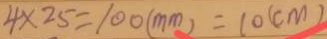
4 \times 2 5 = 1 0 0 ( m m ) = 1 0 ( c m )